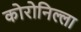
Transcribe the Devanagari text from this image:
कोरोनिल्ला